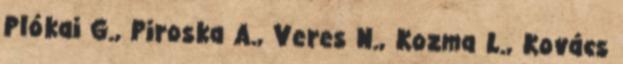
Plókai G., Piroska A., Veres N., Kozma L., Kovács